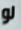
لو